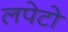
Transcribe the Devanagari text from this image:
लपेटो